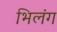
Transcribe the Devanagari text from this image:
भिलंग